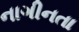
નાગીનતા